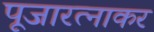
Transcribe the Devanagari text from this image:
पूजारत्नाकर